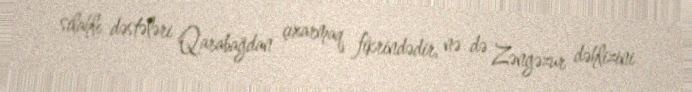
silahlı dəstələri Qarabağdan çıxarmaq fikrindədir, nə də Zəngəzur dəhlizini